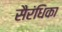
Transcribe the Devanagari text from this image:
सैरंधिका